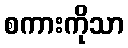
စကားကိုသာ